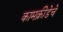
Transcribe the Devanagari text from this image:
कामक्रीडेचे